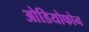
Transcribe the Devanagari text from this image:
ओडियोफोन